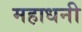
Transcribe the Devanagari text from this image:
महाधनी